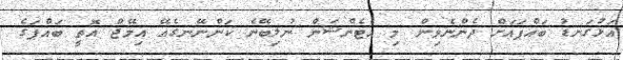
އަޅުގަނޑު ބައްޕައަށް ދެންނެވިން މި އެޓެންޝަން ނުލިބޭނެ ކަންނޭނގެއޭ އިމޭޖް އޮތީ ބައްޕަގެ